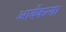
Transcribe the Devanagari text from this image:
आर्यकन्या